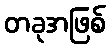
တခုအဖြစ်